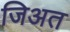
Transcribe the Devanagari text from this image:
जिअत